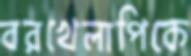
বরখেলাপিকে